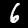
Digit: 6